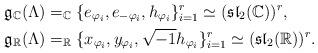
LaTeX: \begin{align*}&\mathfrak{g}_{\mathbb{C}}(\Lambda)=_\mathbb{C}\{e_{{\varphi_i}}, e_{{-\varphi_i}}, h_{{\varphi_i}}\}_{i=1}^r\simeq (\mathfrak{sl}_2(\mathbb{C}))^r,\\ \quad&\mathfrak{g}_{\mathbb{R}}(\Lambda)=_\mathbb{R}\{x_{{\varphi_i}}, y_{{\varphi_i}}, \sqrt{-1}h_{{\varphi_i}}\}_{i=1}^r\simeq (\mathfrak{sl}_2(\mathbb{R}))^r.\end{align*}